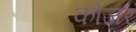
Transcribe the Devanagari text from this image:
कोजर